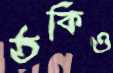
ঠকিও